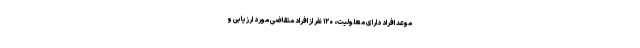
موعد افراد دارای معلولیت، ۱۲۰ نفر از افراد متقاضی مورد ارزیابی و